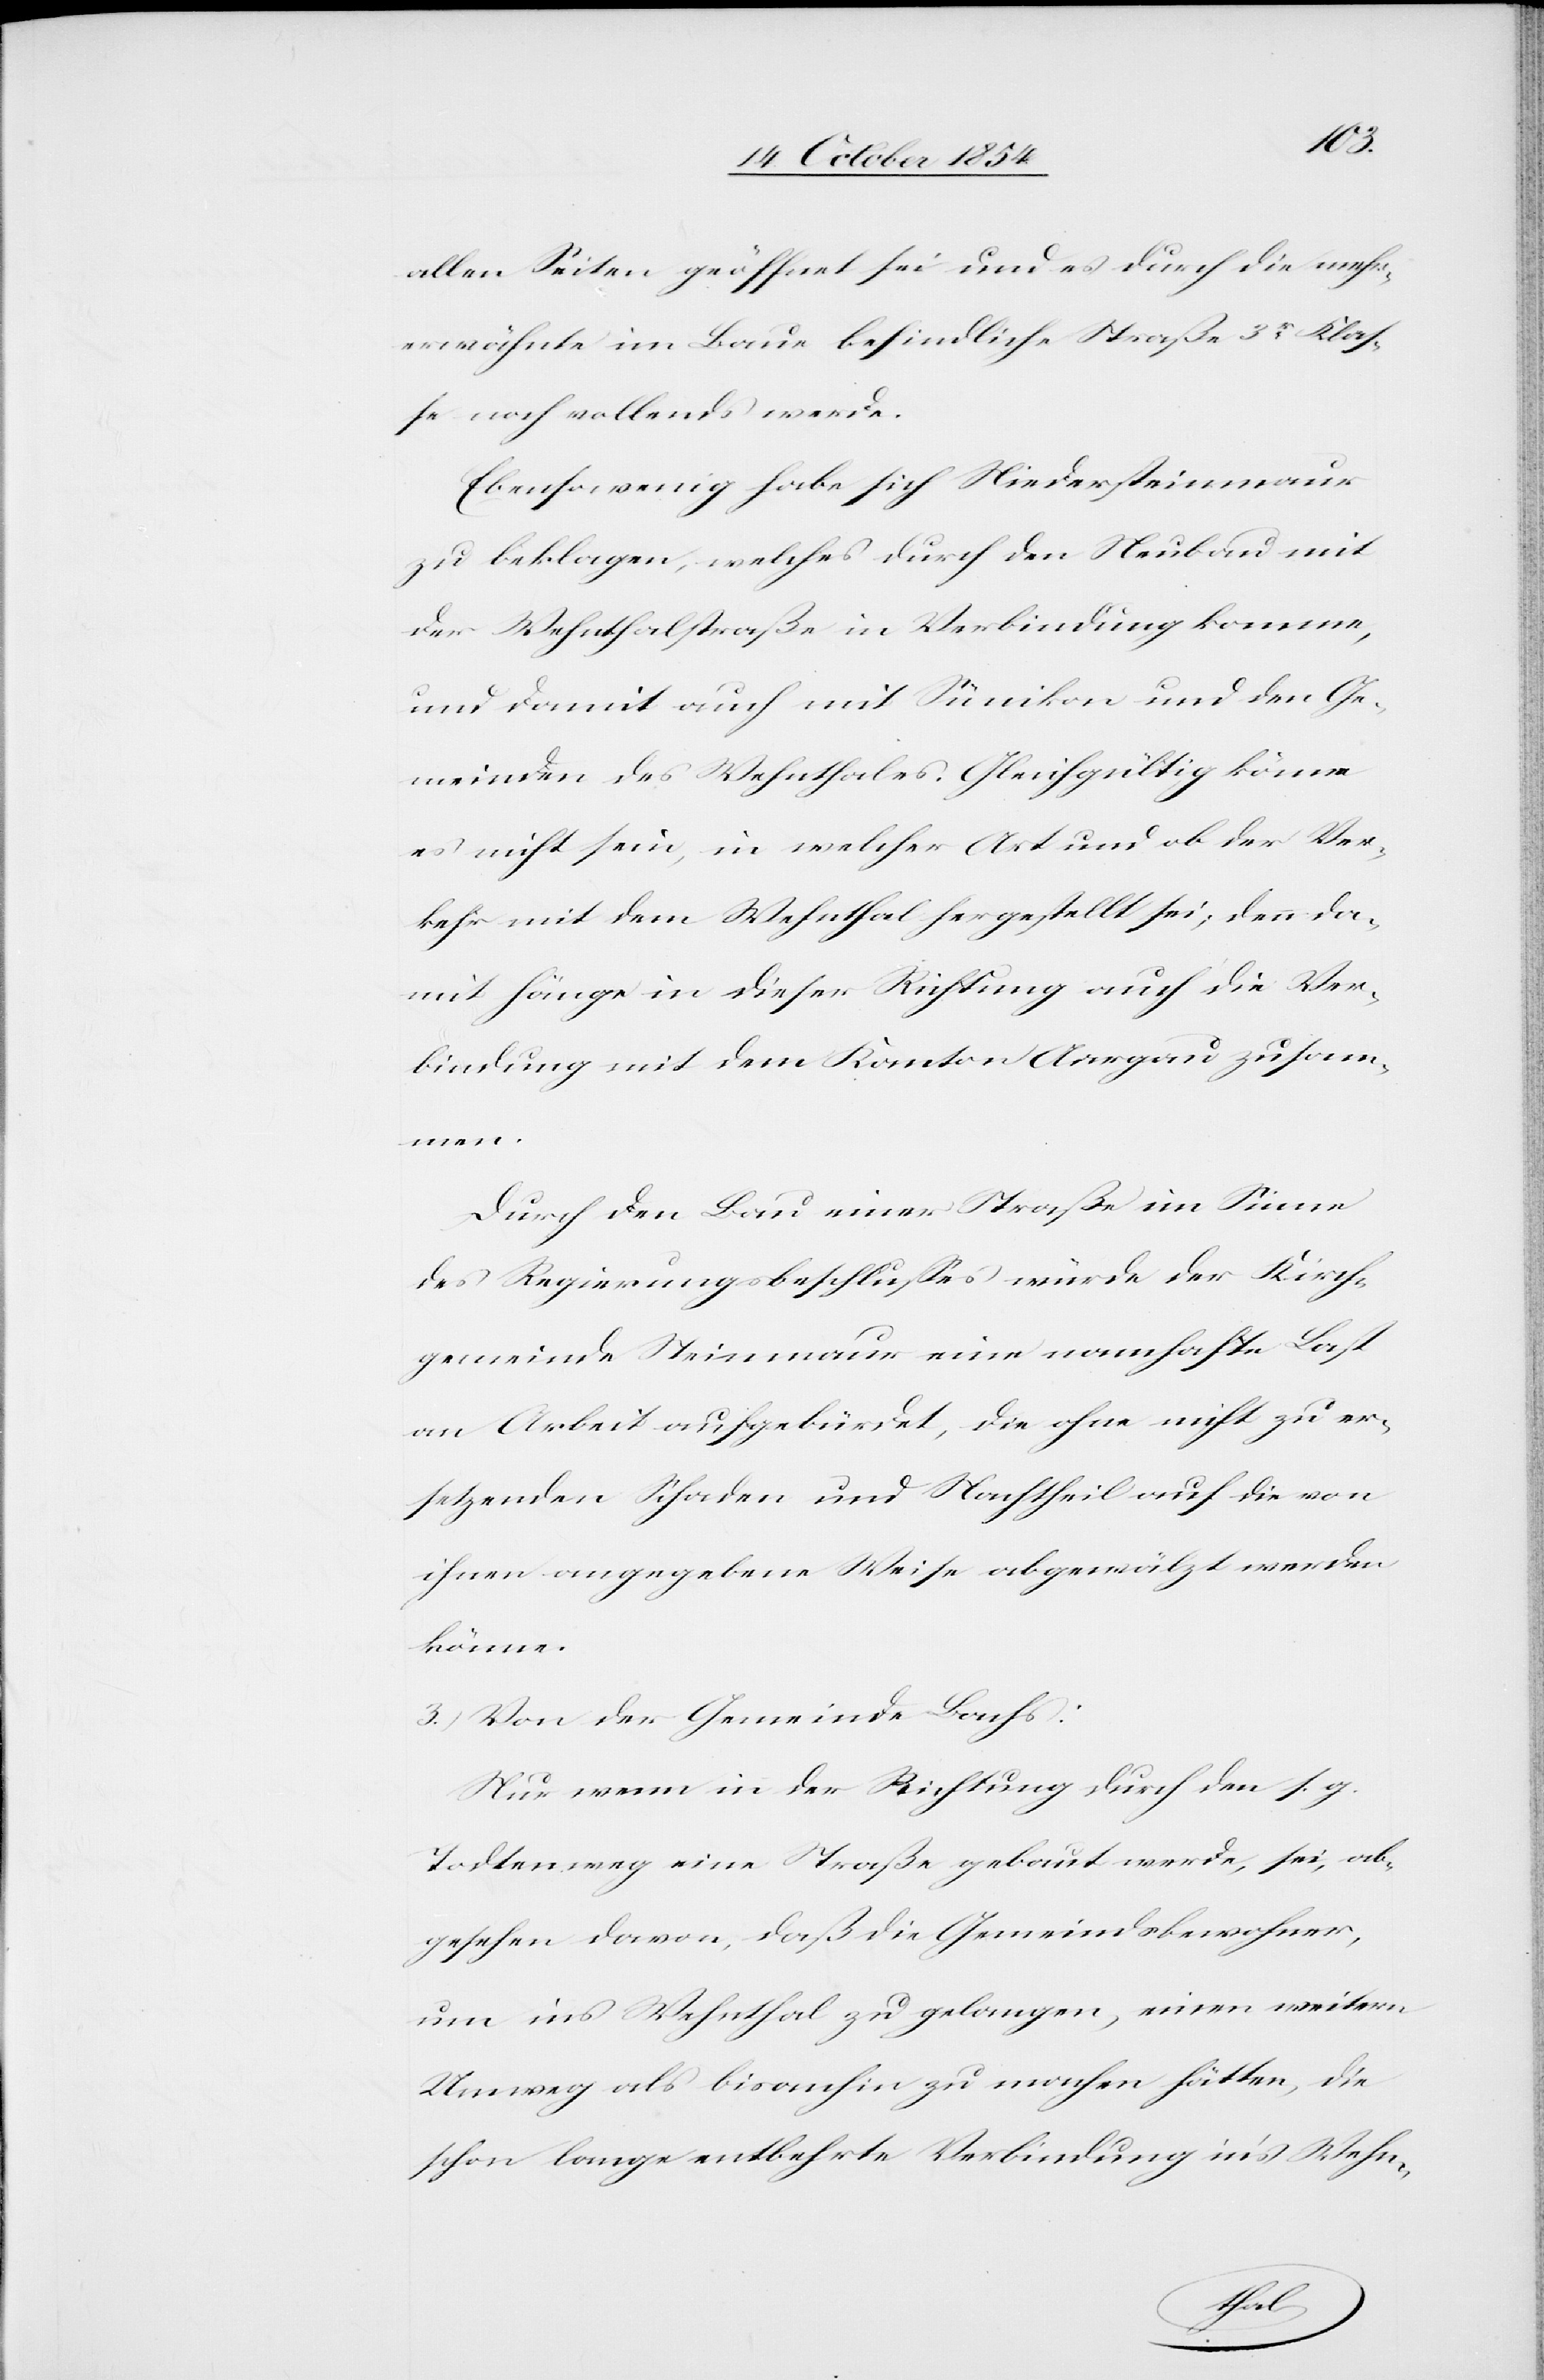
allen Seiten geöffnet sei und es durch die mehr¬
erwähnte im Baue befindliche Straße 3r Klas¬
se noch vollends werde.
Ebensowenig habe sich Niedersteinmaur
zu beklagen, welches durch den Neubau mit
der Wehnthalstraße in Verbindung komme,
und damit auch mit Sünikon und den Ge¬
meinden des Wehnthales. Gleichgültig könne
es nicht sein, in welcher Art und ob der Ver¬
kehr mit dem Wehnthal hergestellt sei; denn da¬
mit hänge in dieser Richtung auch die Ver¬
bindung mit dem Kanton Aargau zusam¬
Durch den Bau einer Straße im Sinne
des Regierungsbeschlußes würde der Kirch¬
gemeinde Steinmaur eine namhafte Last
an Arbeit aufgebürdet, die ohne nicht zu er¬
setzenden Schaden und Nachtheil auf die von
ihnen angegebene Weise abgewälzt werden
könne.
3.) Von der Gemeinde Bachs:
Nur wenn in der Richtung durch den s. g.
Todtenweg eine Straße gebaut werde, sei, ab¬
gesehen davon, daß die Gemeindsbewohner,
um ins Wehnthal zu gelangen, einen weitern
Umweg als bisanhin zu machen hätten, die
schon lange entbehrte Verbindung in’s Wehn-
men.